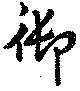
御